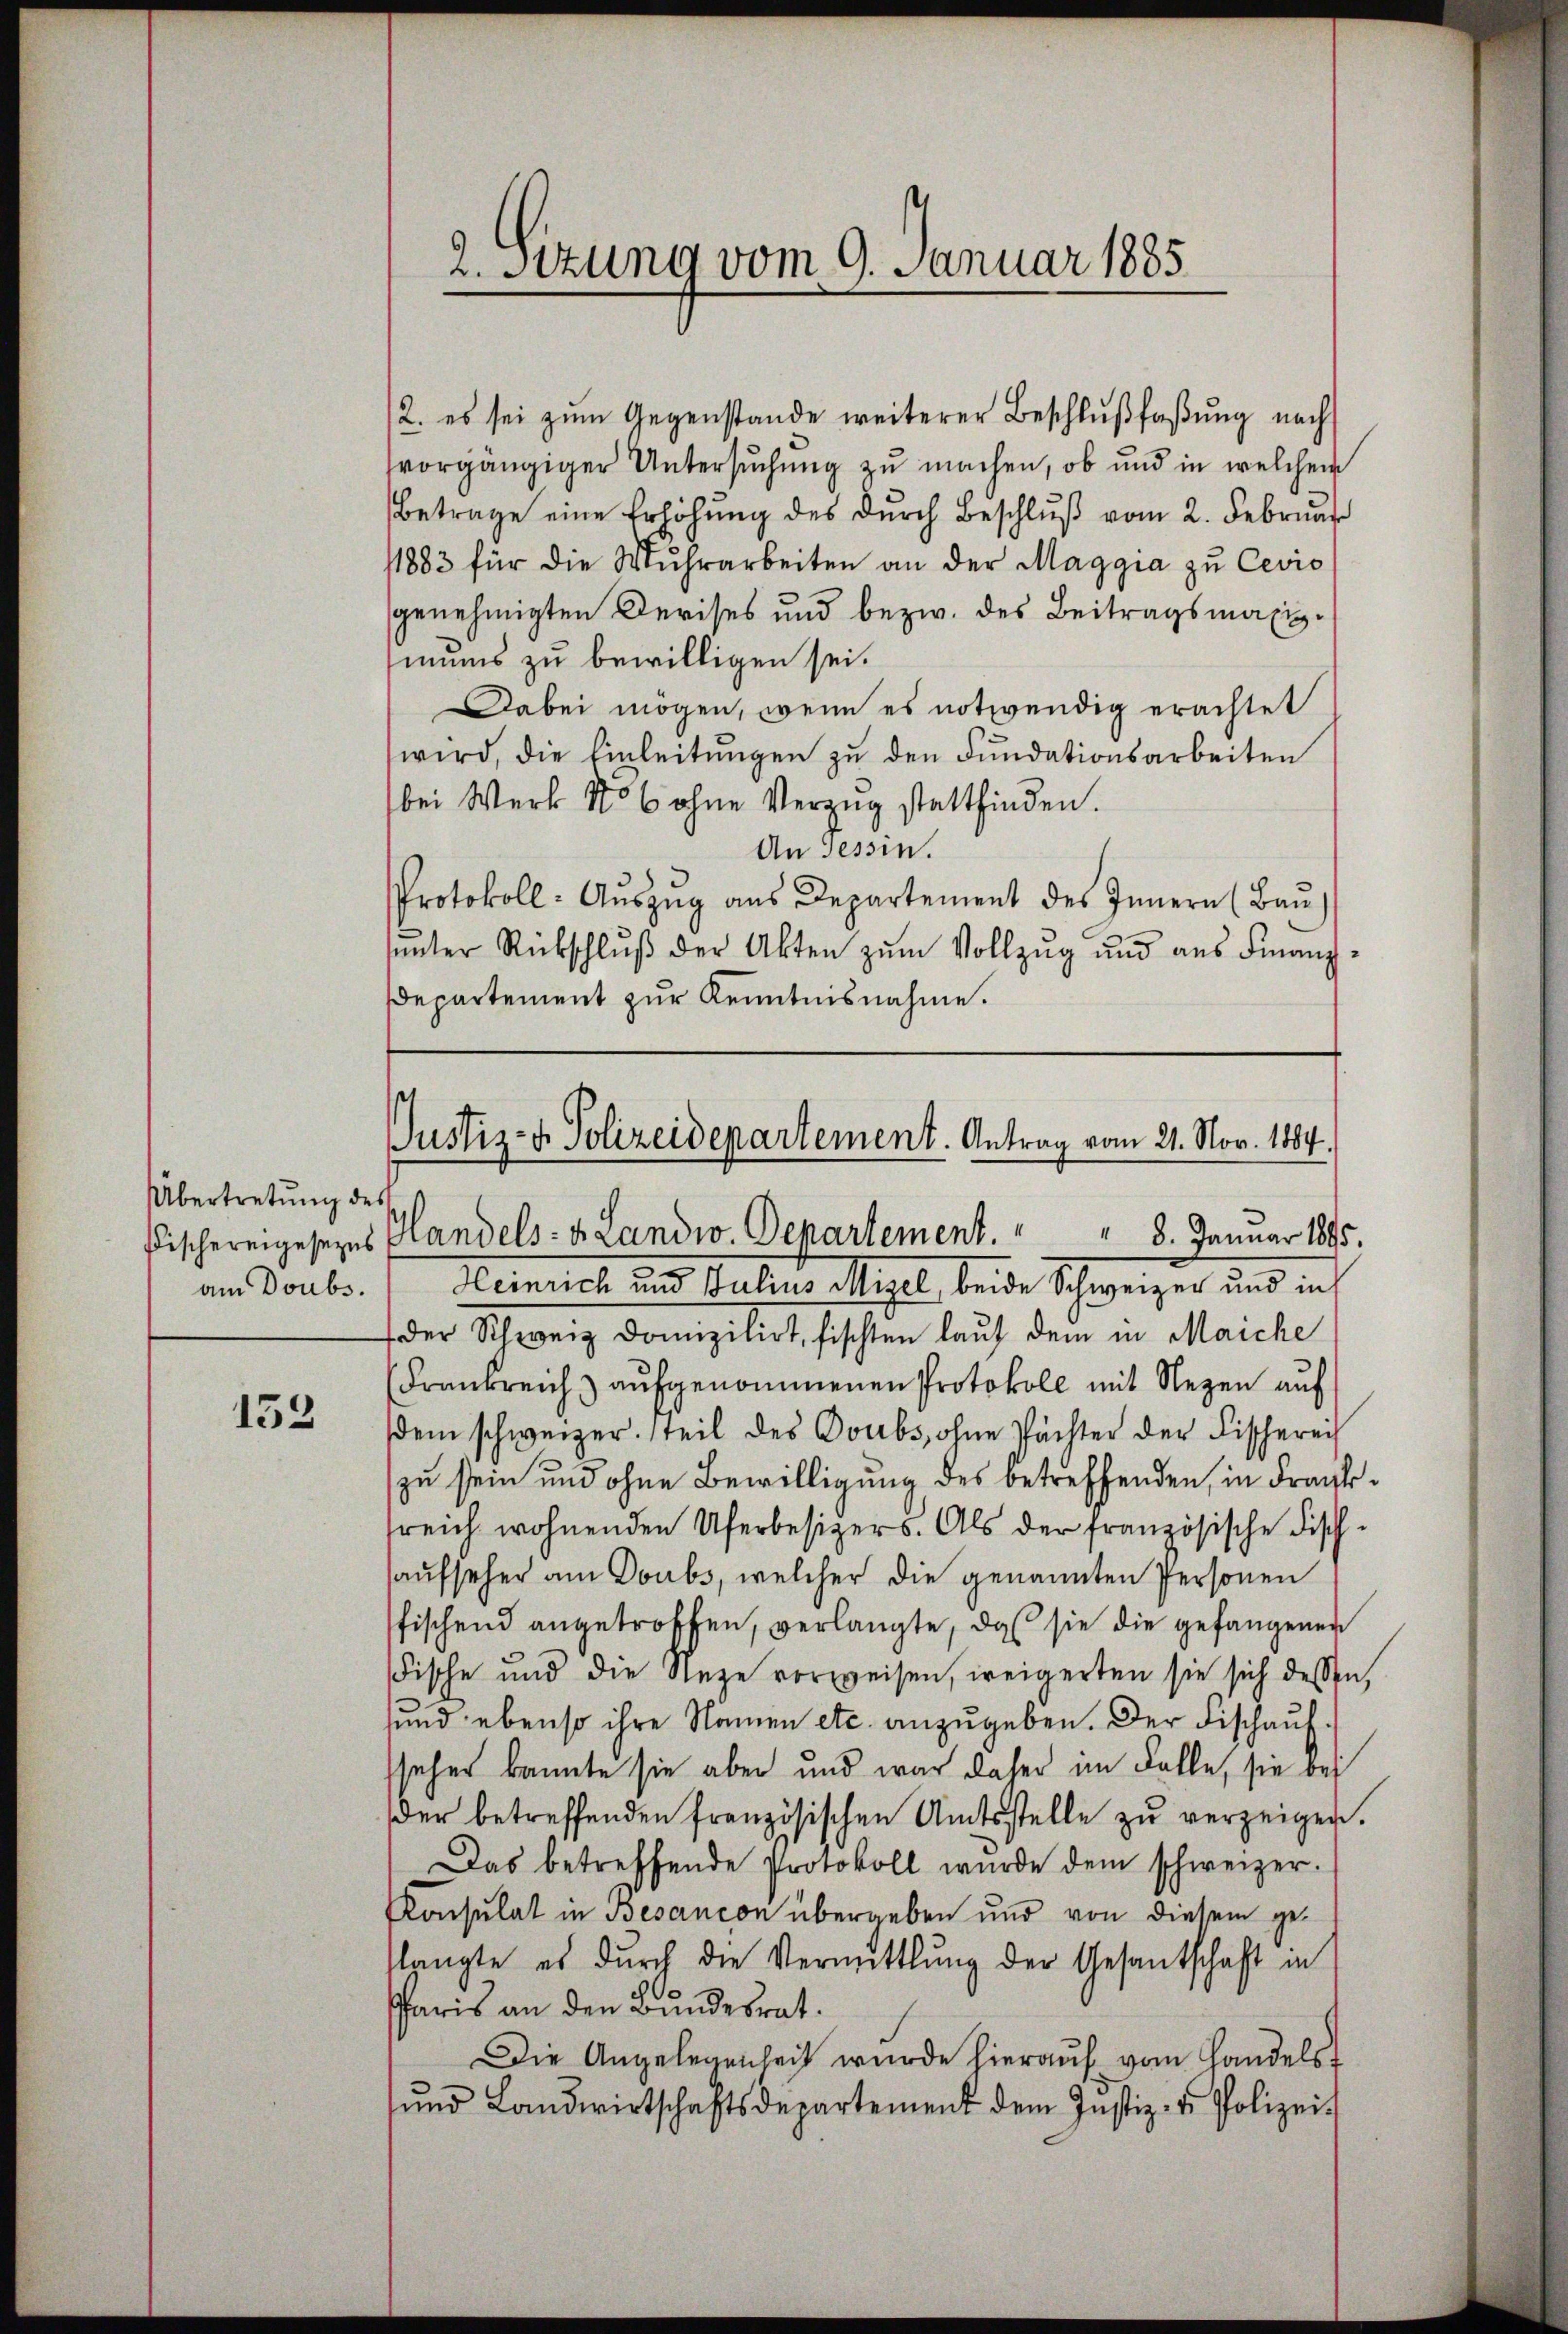
Übertretung des

153

2. es sei zŭm Gegenstände weiterer Beschlŭβfaβŭng nach
vorgängiger Untersuchung zu machen, ob und in welchem
Betrage eine Erhöhŭng des dŭrch Beschlŭβ vom 2. Februar
1883 für die Mŭhrarbeiten an der Maggia zŭ Cevis
genehmigten Devises und bezw. des Beitragsmaximuns zu bewilligen sei.
Dabei mögen, wenn es notwendig erachtet
wird, die Einleitungen zu den Fundationsarbeiten
bei Werk No 6 ohne Verzug stattfinden.
An Tessin.
Protokoll- Aŭszŭg ans Departement des Innern (Baŭ
uunter Rückschluß der Akten zum Vollzug und aus Finanz-
Departement zur Kenntnisnahme.

2. Sitzung vom 9. Januar 1885.

Justiz- & Polizeidepartement. Antrag vom 21. Nov. 1884.
 8. Januar 1895.
Fischereigesezes Handels- & Landw. Departement.

am Doubs. 1 Heinrich und Julius Mizel, beide Schweizer und in
der Schweiz Domizilirt, fischten lauf dem in Maiche
Frankreich) aufgenommenen Protokoll mit Nezen auf
dem schweizer. steil des Doubs, ohne Pächter der Fischerech
zu sein und ohne Bewilligung des betreffenden, in Frankreich wohnenden Uferbesizers. Als der französische Fisch-
aufseher am Doubs, welcher die genannten Personen
fischend angetroffen, verlangte, daß sie die gefangener
Fische und die Nege vorweisen, weigerten sie sich dessen,
sund ebenso ihre Namen etc. anzŭgeben. Der Fischaufseher kannte sie aber und war daher im Falle, sie bei
der betreffenden französischen Amtsstelle zŭ verzeigen.
Das betreffende Protokoll wurde dem schweizer.
Konsulat in Besancon übergeben und von diesem geslangte es durch die Vermittlung der Gesantschaft in
Pharis an den Bundesrat.
Die Angelegenheit wurde hieraŭf vom Handels
ŭnd Landwirtschaftsdepartement dem Justiz- u. Polizei-